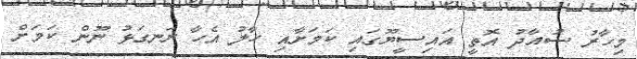
މިހާރު ސުއާދު އޮތީ އައިސީޔޫގައި ކަމަށާއި ހާލު އެހާ ރަނގަޅު ނޫން ކަމަށް